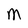
Character: M